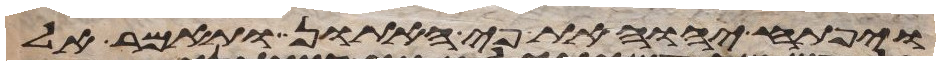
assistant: ויפתח יהוה את פי האתון ותאמר אל